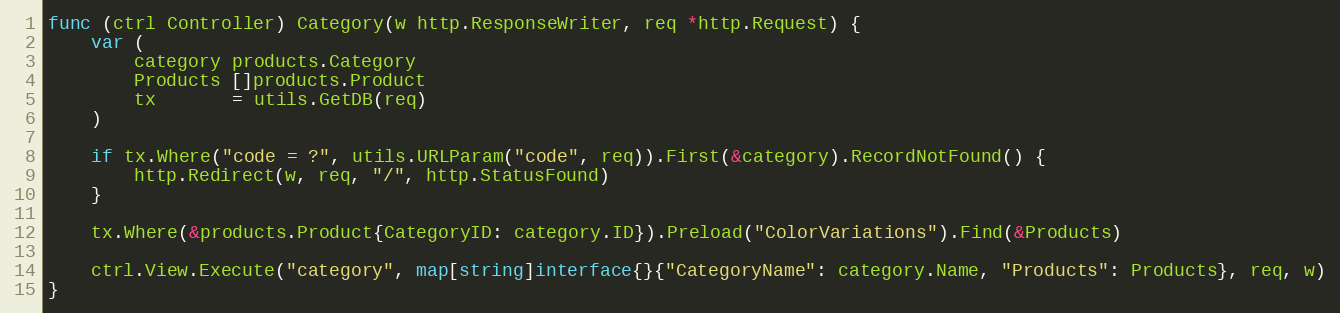
Language: Go
func (ctrl Controller) Category(w http.ResponseWriter, req *http.Request) {
	var (
		category products.Category
		Products []products.Product
		tx       = utils.GetDB(req)
	)

	if tx.Where("code = ?", utils.URLParam("code", req)).First(&category).RecordNotFound() {
		http.Redirect(w, req, "/", http.StatusFound)
	}

	tx.Where(&products.Product{CategoryID: category.ID}).Preload("ColorVariations").Find(&Products)

	ctrl.View.Execute("category", map[string]interface{}{"CategoryName": category.Name, "Products": Products}, req, w)
}